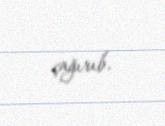
çağırıb.